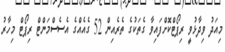
މިއަދު ވިދާޅުވީ ރިޕޯޓްކޮށްފައިވާ ގެތަކުގެ ތެރެއިން 52 ގެއެއްގެ އެސެސްމަންޓް ރިޕޯޓް މިހާރު